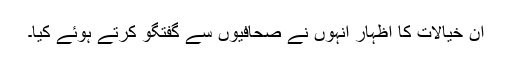
ان خیالات کا اظہار اُنہوں نے صحافیوں سے گفتگو کرتے ہوئے کیا۔